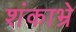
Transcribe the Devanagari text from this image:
शंकाभ्रे